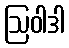
ဩဝါဒါ